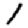
Digit: 1